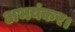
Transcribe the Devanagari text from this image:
अभयंकर।